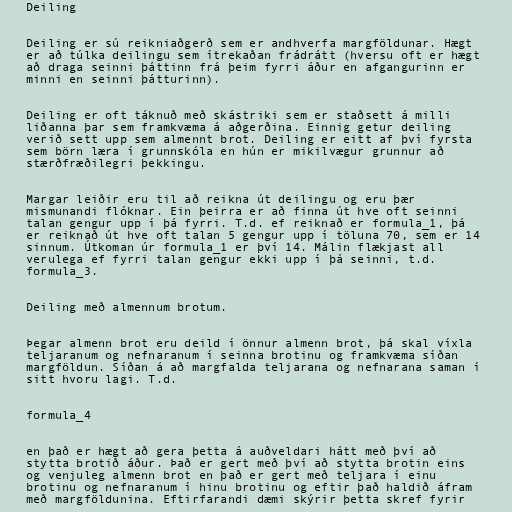
Deiling

Deiling er sú reikniaðgerð sem er andhverfa margföldunar. Hægt
er að túlka deilingu sem ítrekaðan frádrátt (hversu oft er hægt
að draga seinni þáttinn frá þeim fyrri áður en afgangurinn er
minni en seinni þátturinn).

Deiling er oft táknuð með skástriki sem er staðsett á milli
liðanna þar sem framkvæma á aðgerðina. Einnig getur deiling
verið sett upp sem almennt brot. Deiling er eitt af því fyrsta
sem börn læra í grunnskóla en hún er mikilvægur grunnur að
stærðfræðilegri þekkingu.

Margar leiðir eru til að reikna út deilingu og eru þær
mismunandi flóknar. Ein þeirra er að finna út hve oft seinni
talan gengur upp í þá fyrri. T.d. ef reiknað er formula_1, þá
er reiknað út hve oft talan 5 gengur upp í töluna 70, sem er 14
sinnum. Útkoman úr formula_1 er því 14. Málin flækjast all
verulega ef fyrri talan gengur ekki upp í þá seinni, t.d.
formula_3.

Deiling með almennum brotum.

Þegar almenn brot eru deild í önnur almenn brot, þá skal víxla
teljaranum og nefnaranum í seinna brotinu og framkvæma síðan
margföldun. Síðan á að margfalda teljarana og nefnarana saman í
sitt hvoru lagi. T.d.

formula_4

en það er hægt að gera þetta á auðveldari hátt með því að
stytta brotið áður. Það er gert með því að stytta brotin eins
og venjuleg almenn brot en það er gert með teljara í einu
brotinu og nefnaranum í hinu brotinu og eftir það haldið áfram
með margföldunina. Eftirfarandi dæmi skýrir þetta skref fyrir